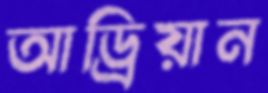
আড্রিয়ান